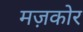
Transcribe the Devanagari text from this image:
मज़कोर